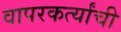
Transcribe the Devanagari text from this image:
वापरकर्त्यांची